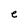
Character: e